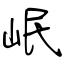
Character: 岷